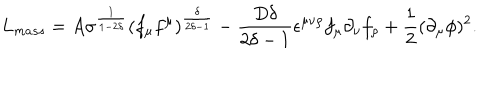
L _ { m a s s } = A \sigma ^ { \frac { 1 } { 1 - 2 \delta } } ( f _ { \mu } f ^ { \mu } ) ^ { \frac { \delta } { 2 \delta - 1 } } - \frac { D \delta } { 2 \delta - 1 } \epsilon ^ { \mu \nu \rho } f _ { \mu } \partial _ { \nu } f _ { \rho } + \frac { 1 } { 2 } ( \partial _ { \mu } \phi ) ^ { 2 } .